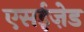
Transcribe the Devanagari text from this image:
एसईज़ेड